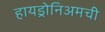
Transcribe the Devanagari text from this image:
हायड्रोनिअमची